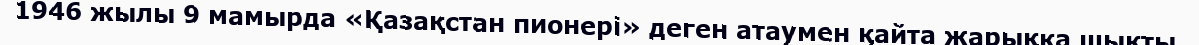
1946 жылы 9 мамырда «Қазақстан пионері» деген атаумен қайта жарыққа шықты.